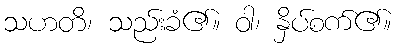
သဟတိ၊ သည်းခံ၏။ ဝါ၊ နှိပ်စက်၏။